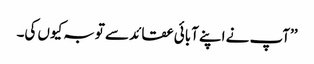
’’آپ نے اپنے آبائی عقائد سے توبہ کیوں کی۔